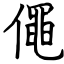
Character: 僶